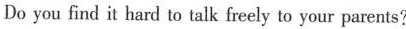
Do you find it hard to talk freely to your parents?